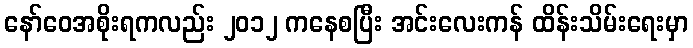
နော်ဝေအစိုးရကလည်း ၂၀၁၂ ကနေစပြီး အင်းလေးကန် ထိန်းသိမ်းရေးမှာ